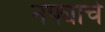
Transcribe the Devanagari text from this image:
नफ्याचे